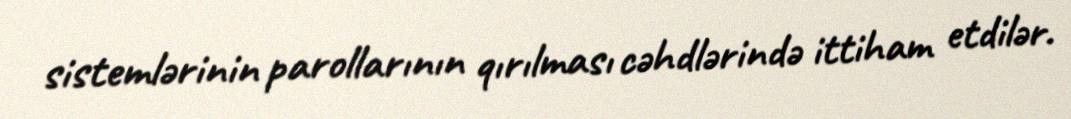
sistemlərinin parollarının qırılması cəhdlərində ittiham etdilər.